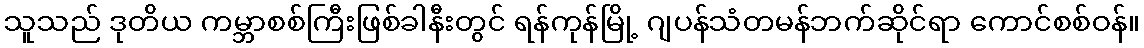
သူသည် ဒုတိယ ကမ္ဘာစစ်ကြီးဖြစ်ခါနီးတွင် ရန်ကုန်မြို့ ဂျပန်သံတမန်ဘက်ဆိုင်ရာ ကောင်စစ်ဝန်။